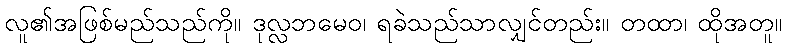
လူ၏အဖြစ်မည်သည်ကို။ ဒုလ္လဘမေဝ၊ ရခဲသည်သာလျှင်တည်း။ တထာ၊ ထိုအတူ။